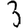
Digit: 3